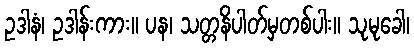
ဥဒါနံ၊ ဥဒါန်းကား။ ပန၊ သတ္တနိပါတ်မှတစ်ပါး။ သုမုခေါ၊